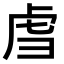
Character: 𫊞